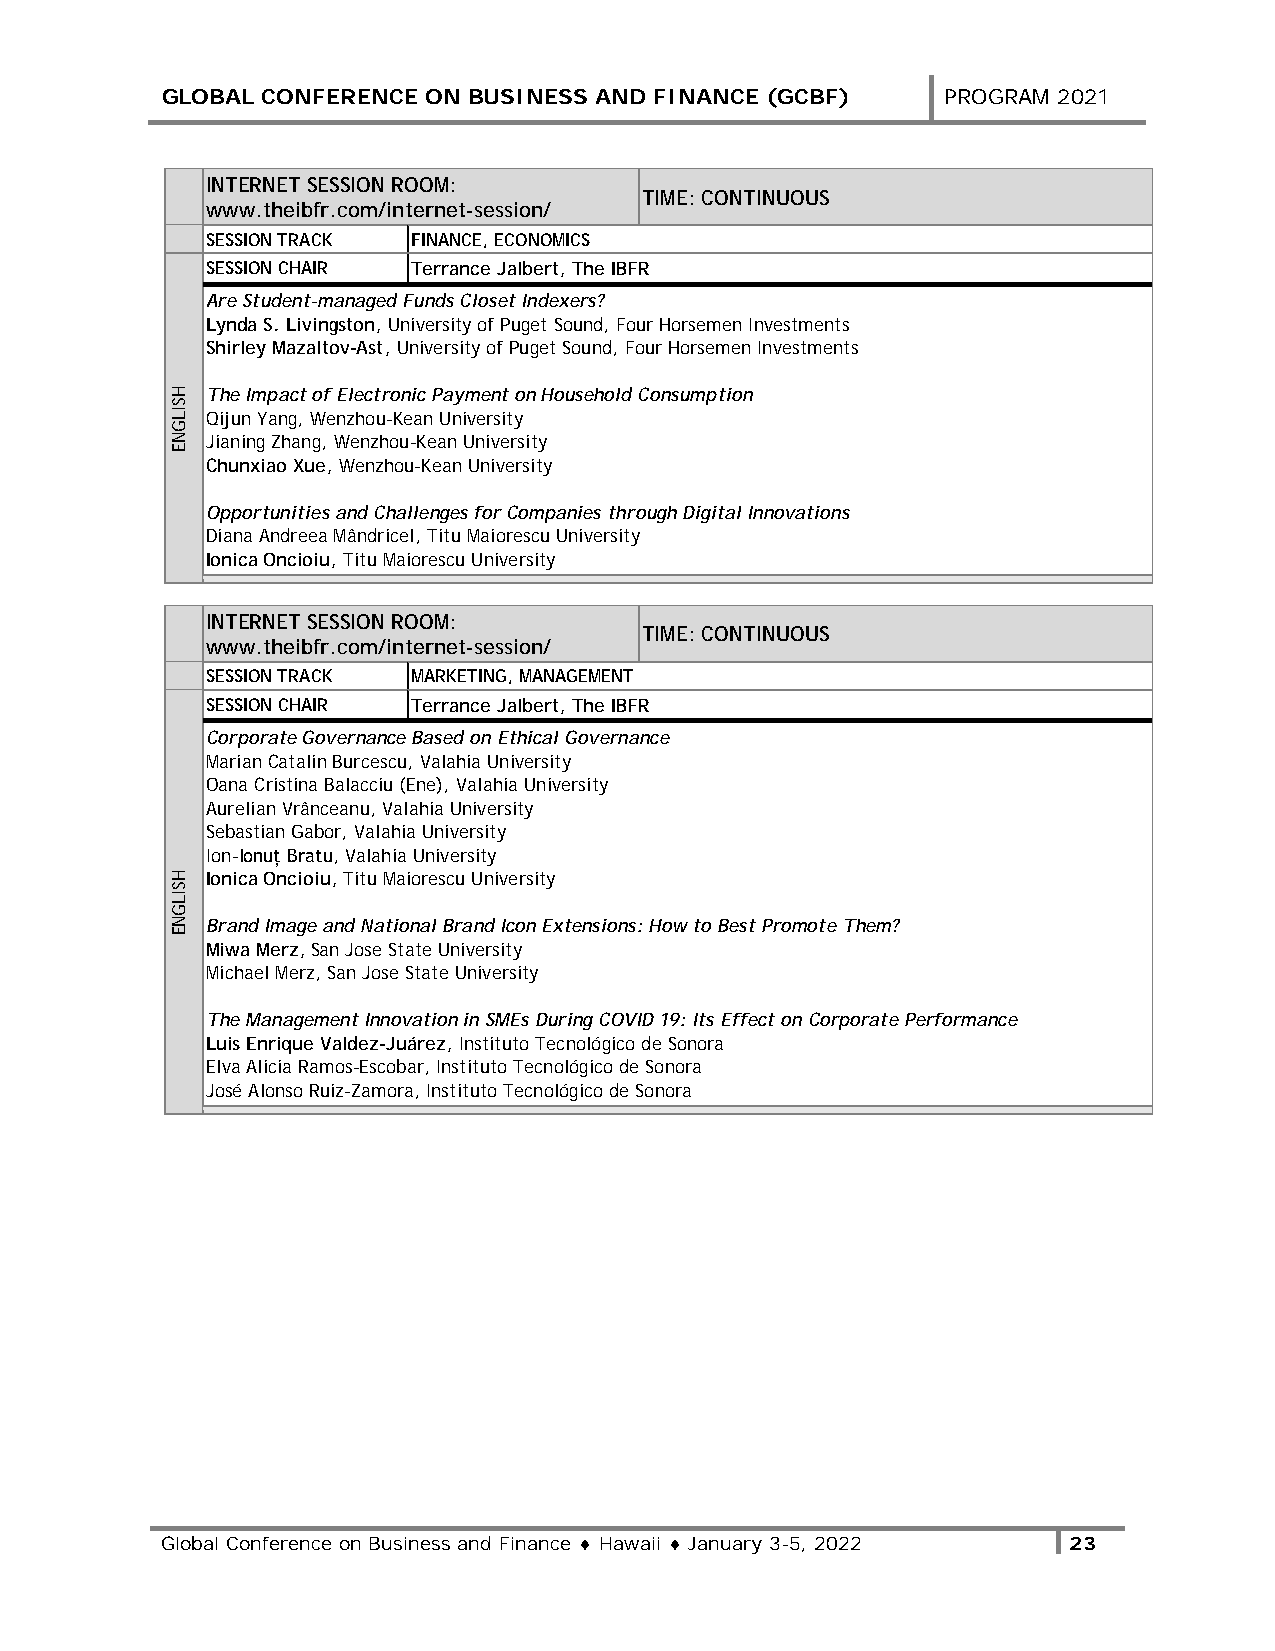
GLOBAL CONFERENCE ON BUSINESS AND FINANCE (GCBF)   PROGRAM 2021
 INTERNET SESSION ROOM:
 TIME: CONTINUOUS
 www.theibfr.com/internet-session/
 SESSION TRACK FINANCE, ECONOMICS
 SESSION CHAIR Terrance Jalbert, The IBFR
 Are Student-managed Funds Closet Indexers?
 Lynda S. Livingston, University of Puget Sound, Four Horsemen Investments
 Shirley Mazaltov-Ast, University of Puget Sound, Four Horsemen Investments
 The Impact of Electronic Payment on Household Consumption
 Qijun Yang, Wenzhou-Kean University
 Jianing Zhang, Wenzhou-Kean University
 Chunxiao Xue, Wenzhou-Kean University
 Opportunities and Challenges for Companies through Digital Innovations
 Diana Andreea Mândricel, Titu Maiorescu University
 Ionica Oncioiu, Titu Maiorescu University
 INTERNET SESSION ROOM:
 TIME: CONTINUOUS
 www.theibfr.com/internet-session/
 SESSION TRACK MARKETING, MANAGEMENT
 SESSION CHAIR Terrance Jalbert, The IBFR
 Corporate Governance Based on Ethical Governance
 Marian Catalin Burcescu, Valahia University
 Oana Cristina Balacciu (Ene), Valahia University
 Aurelian Vrânceanu, Valahia University
 Sebastian Gabor, Valahia University
 Ion-Ionuț Bratu, Valahia University
 Ionica Oncioiu, Titu Maiorescu University
 Brand Image and National Brand Icon Extensions: How to Best Promote Them?
 Miwa Merz, San Jose State University
 Michael Merz, San Jose State University
 The Management Innovation in SMEs During COVID 19: Its Effect on Corporate Performance
 Luis Enrique Valdez-Juárez, Instituto Tecnológico de Sonora
 Elva Alicia Ramos-Escobar, Instituto Tecnológico de Sonora
 José Alonso Ruiz-Zamora, Instituto Tecnológico de Sonora
 Global Conference on Business and Finance ♦ Hawaii ♦ January 3-5, 2022 23
 HSILGNE
 HSILGNE